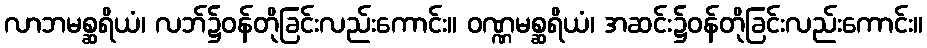
လာဘမစ္ဆရိယံ၊ လဘ်၌ဝန်တိုခြင်းလည်းကောင်း။ ဝဏ္ဏမစ္ဆရိယံ၊ အဆင်း၌ဝန်တိုခြင်းလည်းကောင်း။